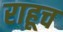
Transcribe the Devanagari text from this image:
राहूच